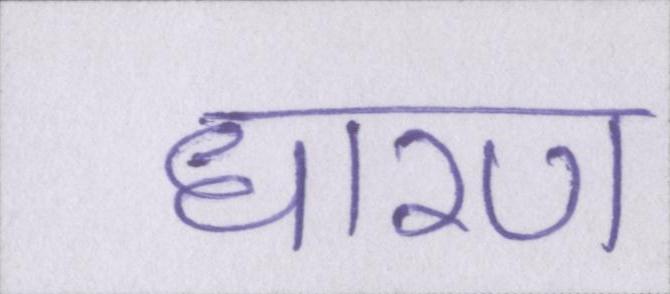
धारण